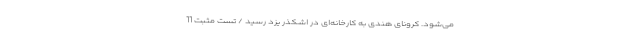
می‌شود. کرونای هندی به کارخانه‌ای در اشکذر یزد رسید / تست مثبت 11